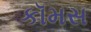
કૉમસ